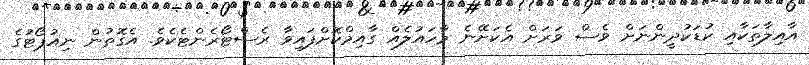
އާއިލާތަކާއި ކުޑަކުދީންނަށް ވެސް ވަރަށް އެކަށޭނެ މާހައުލެއް ގާއިމްކޮށްފައިވާ ރެސްޓޯރެންޓެކެވެ. އެގޮތުން ނިއުޕޯޓުގެ